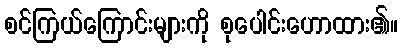
စင်ကြယ်ကြောင်းများကို စုပေါင်းဟောထား၏။